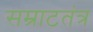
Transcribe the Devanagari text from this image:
सम्राटतंत्र